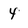
Character: 4